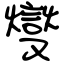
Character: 燮